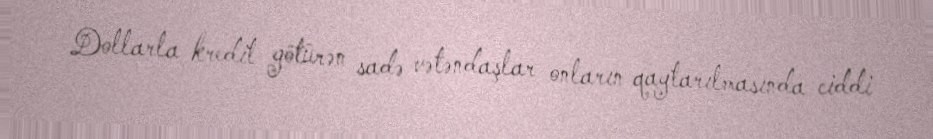
Dollarla kredit götürən sadə vətəndaşlar onların qaytarılmasında ciddi